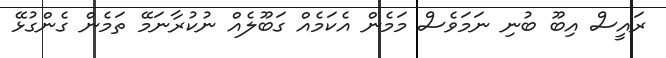
ރައީސް އިބޫ ބުނި ނަމަވެސް މަމެން އެކަމެއް ގަބޫލެއް ނުކުރާނަމޭ ތަމެން ގެންގުޅޭ